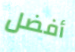
أفضل